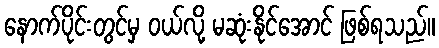
နောက်ပိုင်းတွင်မှ ဝယ်လို့ မဆုံးနိုင်အောင် ဖြစ်ရသည်။